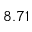
8 . 7 1